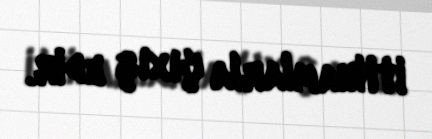
ittihamlarla çıxış edir.